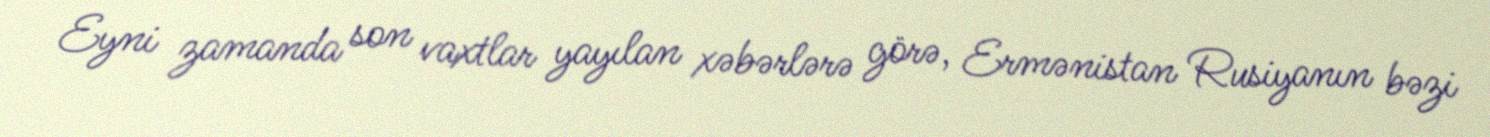
Eyni zamanda son vaxtlar yayılan xəbərlərə görə, Ermənistan Rusiyanın bəzi